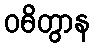
ဝဓိတွာန